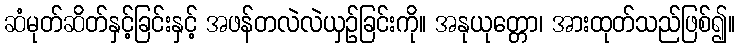
ဆံမုတ်ဆိတ်နှင့်ခြင်းနှင့် အဖန်တလဲလဲယှဉ်ခြင်းကို။ အနုယုတ္တော၊ အားထုတ်သည်ဖြစ်၍။